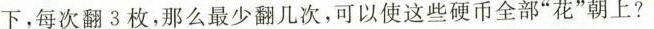
下，每次翻3枚，那么最少翻几次，可以使这些硬币全部”花”朝上?